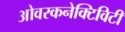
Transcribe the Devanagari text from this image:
ओवरकनेक्टिविटी